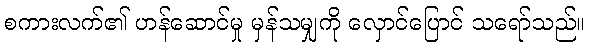
စကားလက်၏ ဟန်ဆောင်မှု မှန်သမျှကို လှောင်ပြောင် သရော်သည်။